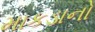
માકડાનો